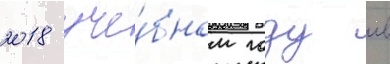
2018 уче́бном году в